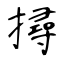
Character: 撏